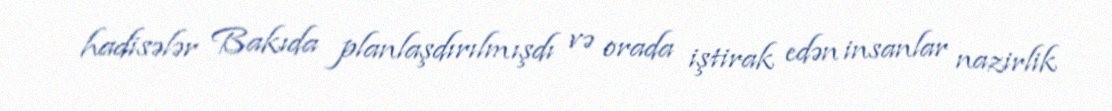
hadisələr Bakıda planlaşdırılmışdı və orada iştirak edən insanlar nazirlik